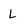
Character: L